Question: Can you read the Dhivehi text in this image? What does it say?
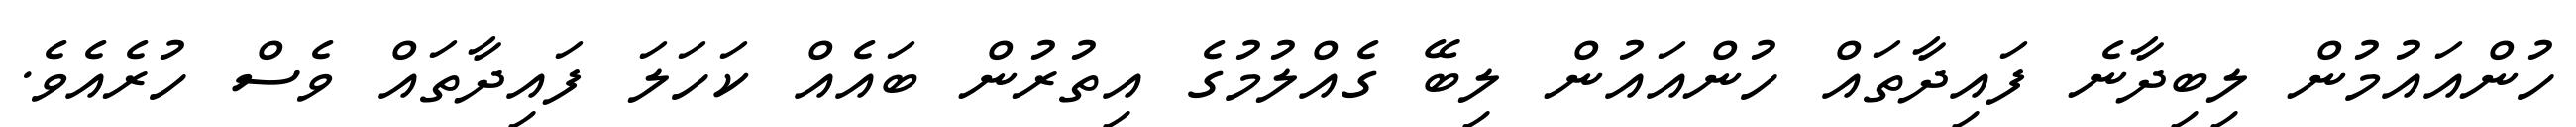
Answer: ހުންއައުމުން ލިބިދާނެ ފައިދާތައް ހުންއައުން ލިބޭ ގެއްލުމުގެ އިތުރުން ބައެއް ކަހަލަ ފައިދާތައް ވެސް ހުރެއެވެ.